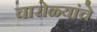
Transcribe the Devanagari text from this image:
चारोळ्यांचे